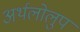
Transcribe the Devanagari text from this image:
अर्थलोलुप